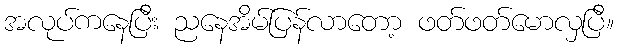
အလုပ်ကနေပြီး ညနေအိမ်ပြန်လာတော့ ဖတ်ဖတ်မောလှပြီ။